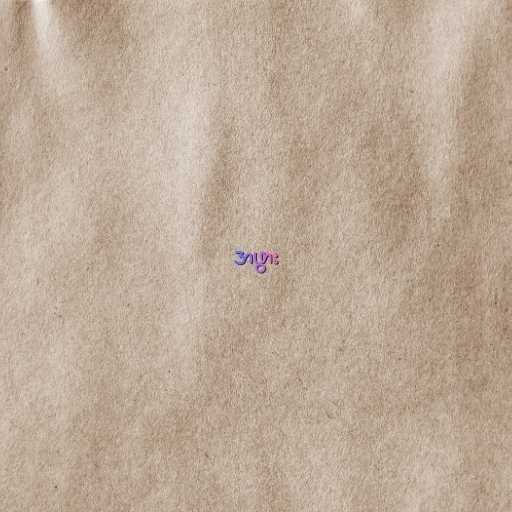
အဖွား